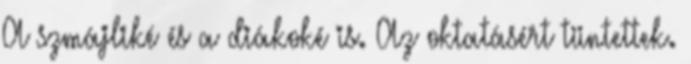
A szmájliké és a diákoké is. Az oktatásért tüntettek.